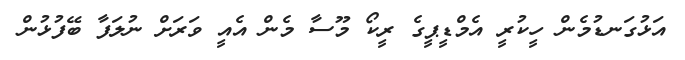
އަޅުގަނޑުމެން ހީކުރީ އެމްޑީޕީގެ ރީކޯ މޫސާ މެން އެއީ ވަރަށް ނުލަފާ ބޭފުޅުން